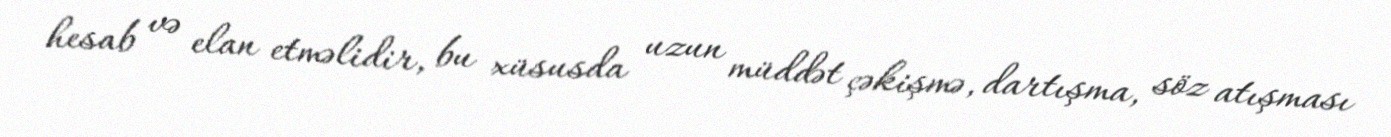
hesab və elan etməlidir, bu xüsusda uzun müddət çəkişmə, dartışma, söz atışması